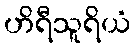
ဟိရီသူရိယံ